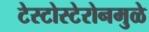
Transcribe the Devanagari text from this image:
टेस्टोस्टेरोनमुळे